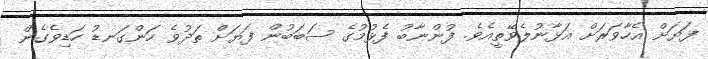
ފަޔަށް އެހާވަރަށް އަޅާނުލެވޭތީއެވެ. ފުންނާބު ފެޅުމުގެ ސަބަބުން ފަޔަށް ތަދުވެ ހަންގަނޑު ހަޑިވެގެން